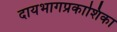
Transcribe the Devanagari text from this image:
दायभागप्रकाशिका